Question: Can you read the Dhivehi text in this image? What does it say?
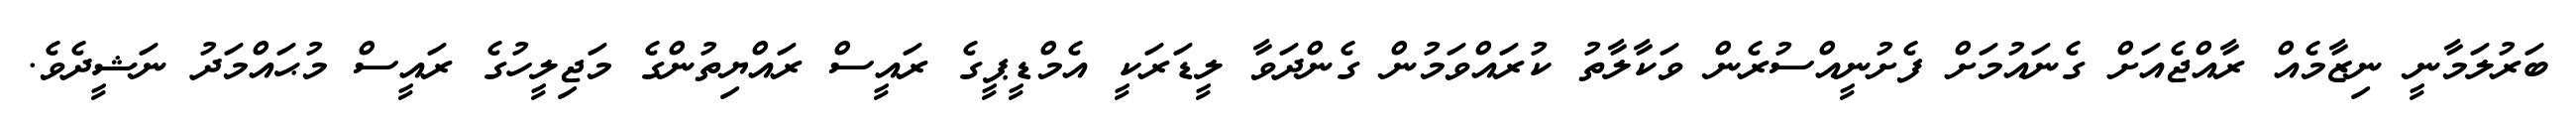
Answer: ބަރުލަމާނީ ނިޒާމެއް ރާއްޖެއަށް ގެނައުމަށް ފެށުނީއްސުރެން ވަކާލާތު ކުރައްވަމުން ގެންދަވާ ލީޑަރަކީ އެމްޑީޕީގެ ރައީސް ރައްޔިތުންގެ މަޖިލީހުގެ ރައީސް މުޙައްމަދު ނަޝީދެވެ.